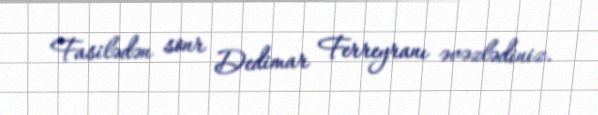
Fasilədən sonr Dedimar Ferreyranı əvəzlədiniz.